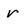
Character: r